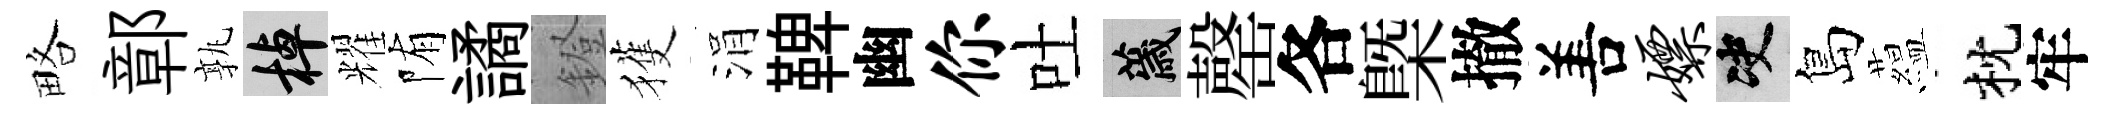
略鄣孰棹耀陏譎鐙獲涓鞞幽你吐薉罄各槩撤𠵊嫖决島藴枕牢